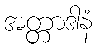
အတ္တာဒါနံ